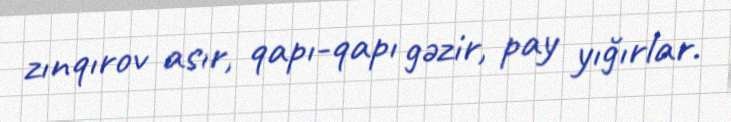
zınqırov asır, qapı-qapı gəzir, pay yığırlar.